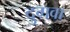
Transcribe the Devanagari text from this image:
दुगवा